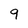
Character: 9